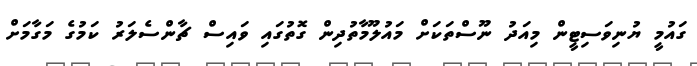
ގައުމީ ޔުނިވަސިޓީން މިއަދު ނޫސްތަކަށް މައުލޫމާތުދިން ގޮތުގައި ވައިސް ޗާންސެލަރު ކަމުގެ މަގާމަށް